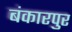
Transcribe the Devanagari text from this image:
बंकारपुर